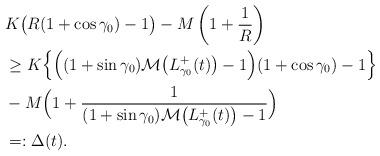
LaTeX: \begin{align*}& K\big(R(1+\cos\gamma_0)-1\big)-M\left(1+\frac{1}{R} \right) \\ &\geq K\Big\{\Big((1+\sin\gamma_0)\mathcal{M}\big(L^+_{\gamma_0}(t)\big)-1\Big)(1+\cos\gamma_0)-1\Big\} \\& -M\Big(1+\frac{1}{(1+\sin\gamma_0)\mathcal{M}\big(L^+_{\gamma_0}(t)\big)-1}\Big)\\&=: \Delta(t).\end{align*}